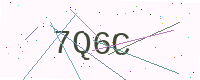
Text: 7Q6C